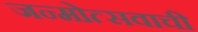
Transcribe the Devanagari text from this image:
जन्मोत्सवाची